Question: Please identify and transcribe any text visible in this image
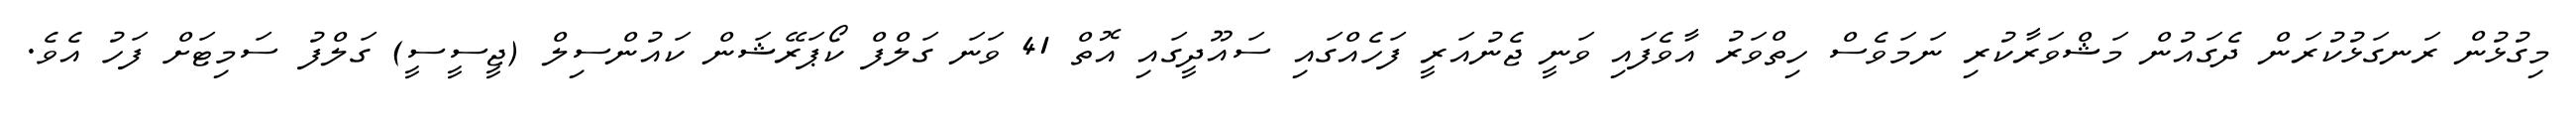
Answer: މިގުޅުން ރަނގަޅުކުރަން ދެގައުން މަޝްވަރާކުރި ނަމަވެސް ހިތްވަރު އާވެފައި ވަނީ ޖެނުއަރީ ފަހެއްގައި ސައޫދީގައި އޮތް 41 ވަނަ ގަލްފް ކޯޕަރޭޝަން ކައުންސިލް (ޖީސީސީ) ގަލްފު ސަމިޓަށް ފަހު އެވެ.